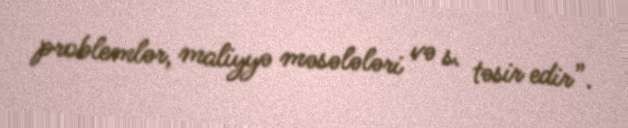
problemlər, maliyyə məsələləri və s. təsir edir”.